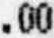
.00